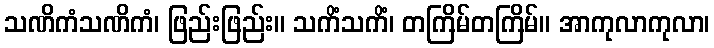
သဏိကံသဏိကံ၊ ဖြည်းဖြည်း။ သကိံသကိံ၊ တကြိမ်တကြိမ်။ အာကုလာကုလာ၊